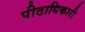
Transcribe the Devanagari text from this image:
पीठाधिकारी